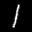
Label: 1